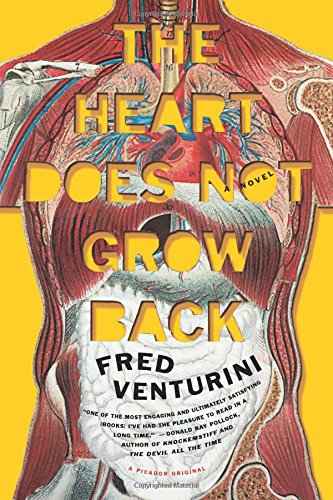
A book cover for The Heart Does Not Grow Back: A Novel; Fred Venturini; Science Fiction & Fantasy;